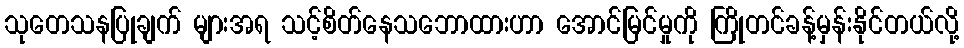
သုတေသနပြုချက် များအရ သင့်စိတ်နေသဘောထားဟာ အောင်မြင်မှုကို ကြိုတင်ခန့်မှန်းနိုင်တယ်လို့